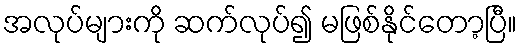
အလုပ်များကို ဆက်လုပ်၍ မဖြစ်နိုင်တော့ပြီ။